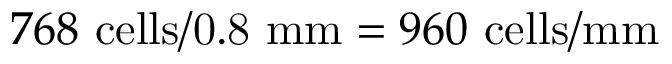
7 6 8 ~ \mathrm { c e l l s / 0 . 8 ~ m m } = 9 6 0 ~ \mathrm { c e l l s / m m }